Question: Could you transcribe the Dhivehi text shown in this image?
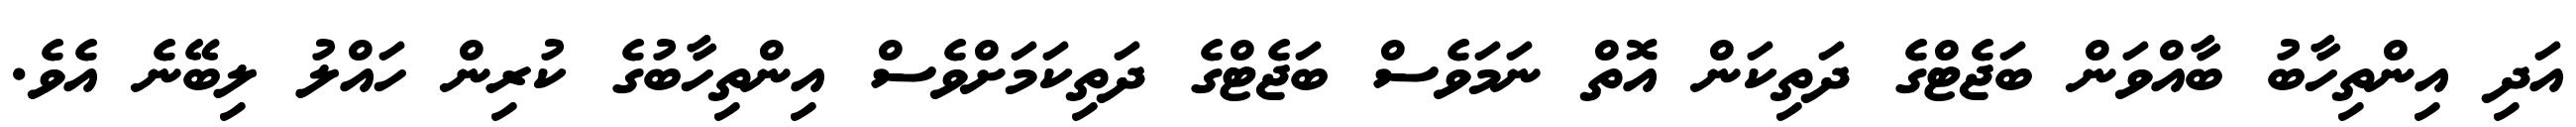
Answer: އަދި އިންތިހާބު ބާއްވަން ބަޖެޓްގެ ދަތިކަން އޮތް ނަމަވެސް ބަޖެޓްގެ ދަތިކަމަށްވެސް އިންތިހާބުގެ ކުރިން ހައްލު ލިބޭނެ އެވެ.